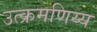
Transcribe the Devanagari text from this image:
उत्क्रमणिय्य